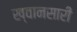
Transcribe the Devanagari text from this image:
ख्वानसारी